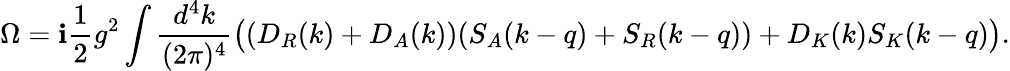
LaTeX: \Omega=\mathbf{i}{\frac{{1}}{{2}}}g^{2}\int{\frac{{d^{4}k}}{{(2\pi)^{4}}}}\big((D_{R}(k)+D_{A}(k))(S_{A}(k-q)+S_{R}(k-q))+D_{K}(k)S_{K}(k-q)\big).